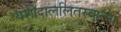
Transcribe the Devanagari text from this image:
यशोदाललितस्वात्मा